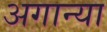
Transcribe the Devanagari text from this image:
अगान्या